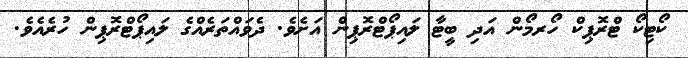
ކޯޓިކޯ ޓްރޮޕިކް ހޯރމޯން އަދި ބީޓާ ލައިޕޯޓްރޮޕިން އަށެވެ. ދެވައްތަރެއްގެ ލައިޕޯޓްރޮޕިން ހުރެއެވެ.